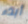
أبدء